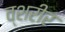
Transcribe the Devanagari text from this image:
व्शरीर